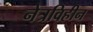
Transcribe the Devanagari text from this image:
नेत्रविहीन